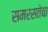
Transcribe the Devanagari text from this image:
समरसतेचा